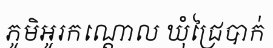
ភូមិអូរកណ្តោល ឃុំជ្រៃបាក់